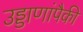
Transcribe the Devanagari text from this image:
उड्डाणांपैकी